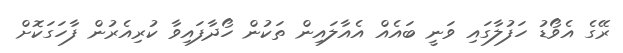
ރޭގެ އެވޯޑު ހަފުލާގައި ވަނީ ބައެއް އެއާލައިން ތަކުން ހޯދާފައިވާ ކުރިއެރުން ފާހަގަކޮށް